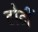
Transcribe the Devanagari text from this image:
टोटीं